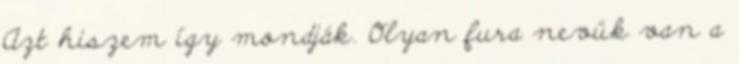
Azt hiszem így mondják. Olyan fura nevük van a